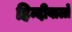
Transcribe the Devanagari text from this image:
हिन्दीवालों